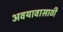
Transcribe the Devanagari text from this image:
अवयावासाठी